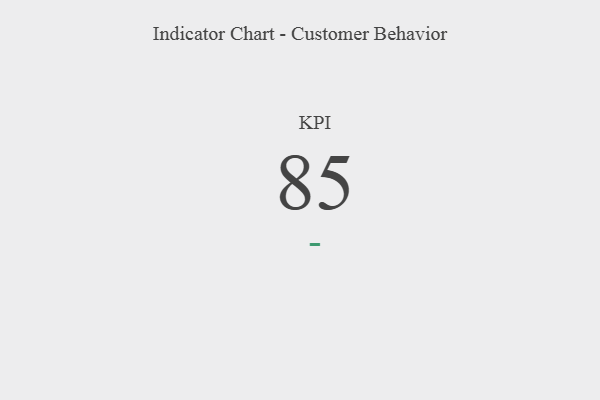
{"axis": {"x": "KPI", "y": "Value"}, "legend": [""], "data": [{"x": "KPI", "y": 85, "type": ""}]}